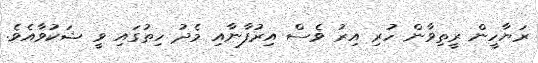
ރަޔާހީން ރީތިވާން ހުރި އިރު ވެސް އިރުފާނާއި މެދު ހިތުގައި ވީ ޝަކުވާއެވެ.